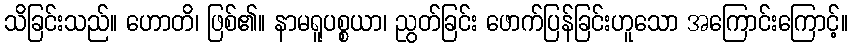
သိခြင်းသည်။ ဟောတိ၊ ဖြစ်၏။ နာမရူပစ္စယာ၊ ညွတ်ခြင်း ဖောက်ပြန်ခြင်းဟူသော အကြောင်းကြောင့်။